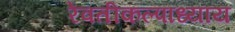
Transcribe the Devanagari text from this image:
रेवतीकल्पाध्याय